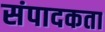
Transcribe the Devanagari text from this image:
संपादकता